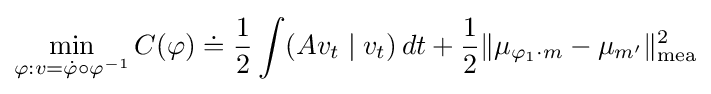
\min _{\varphi :v={\dot {\varphi }}\circ \varphi ^{-1}}C(\varphi )\doteq {\frac {1}{2}}\int (Av_{t}\mid v_{t})\,dt+{\frac {1}{2}}\|\mu _{\varphi _{1}\cdot m}-\mu _{m^{\prime }}\|_{\mathrm {mea} }^{2}